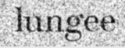
lungee